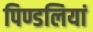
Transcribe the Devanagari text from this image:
पिण्डलियां